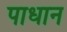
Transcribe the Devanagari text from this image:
पाधान